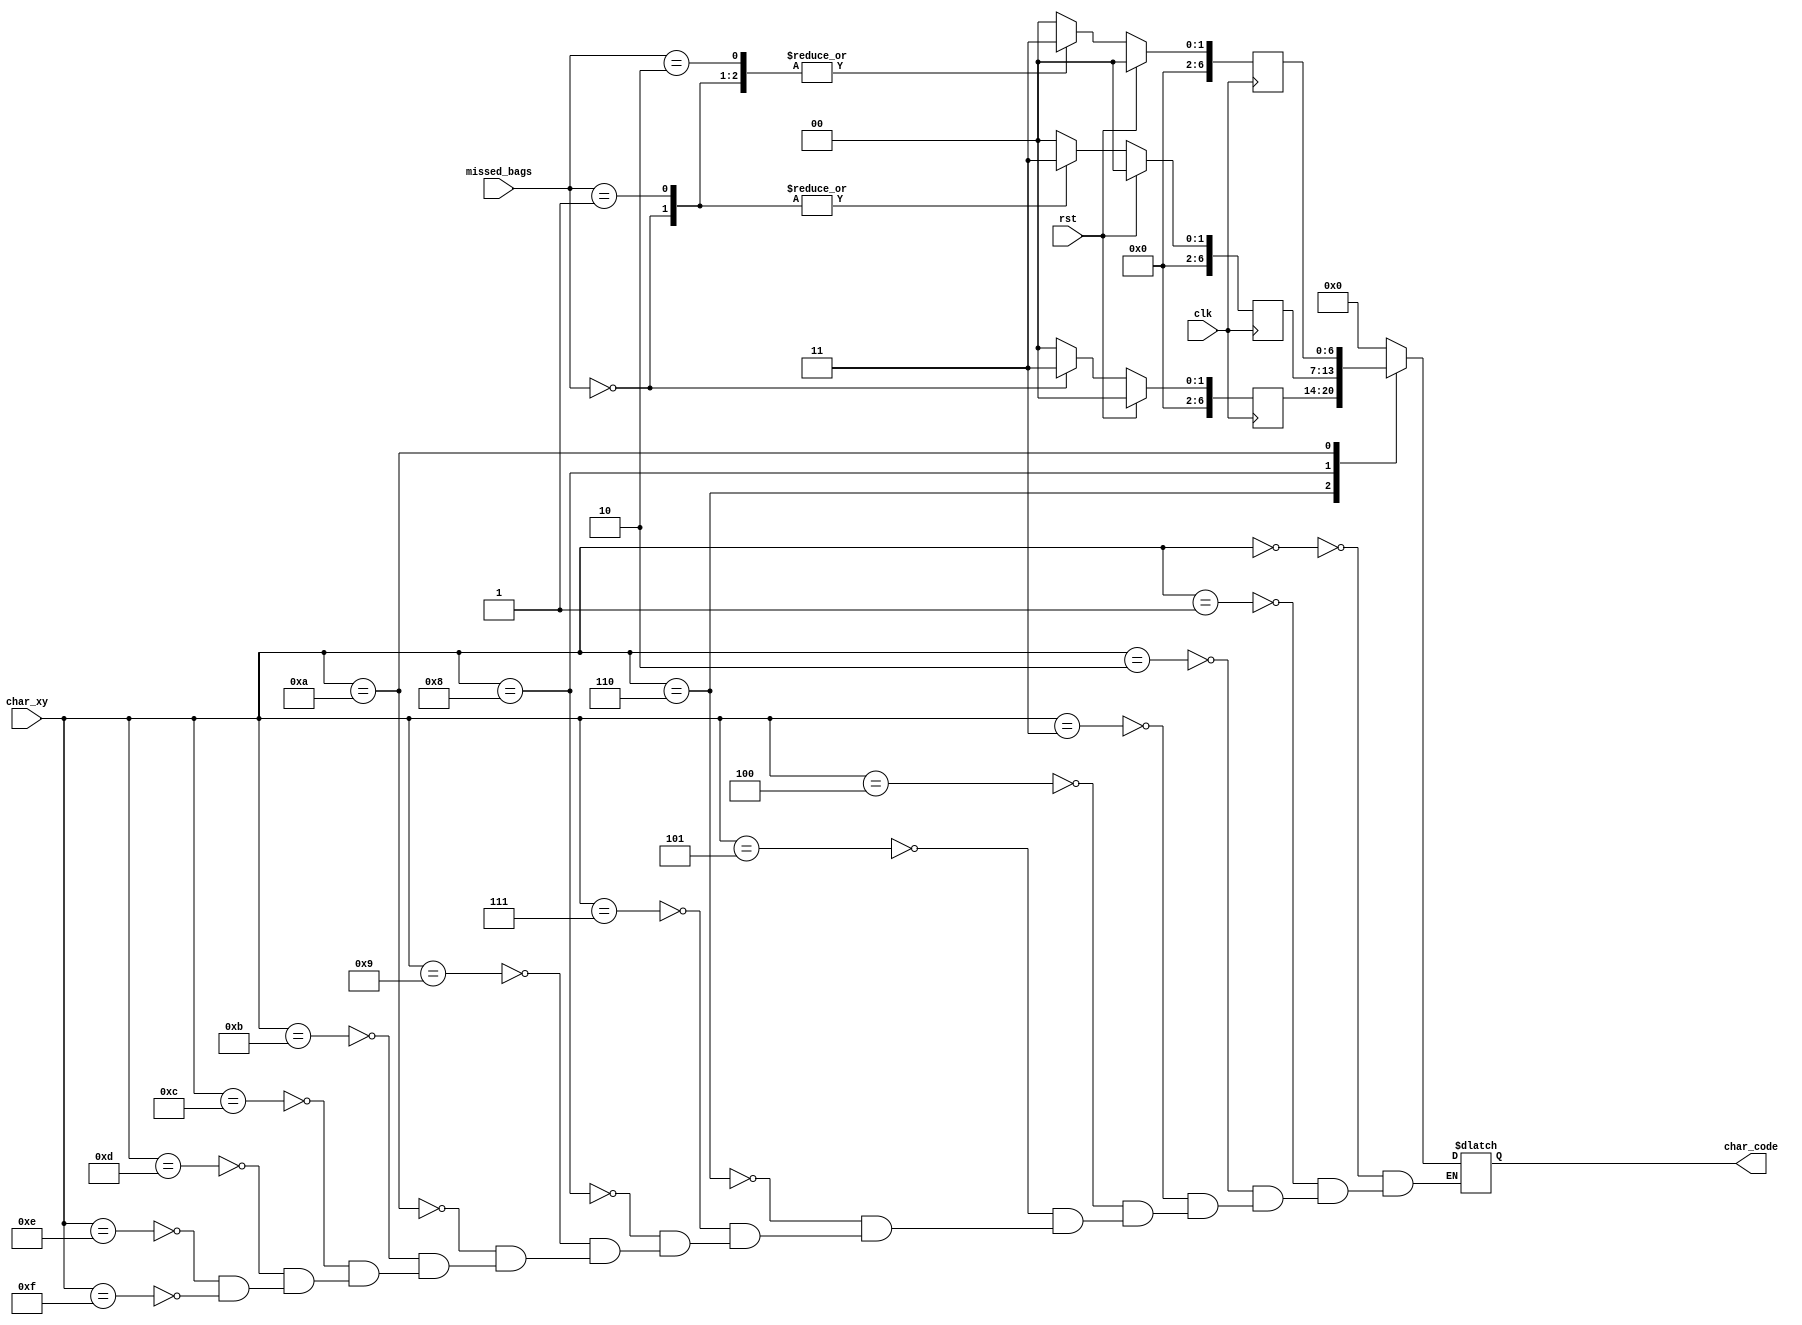
module char_life(
   input wire clk,
   input wire rst,
   input wire [7:0] char_xy,
   input wire [7:0] missed_bags,
   
   output reg [6:0] char_code
   );
       

   reg [7:0] first, second, third, first_nxt, second_nxt, third_nxt;
   
        
   always @(posedge clk) begin
        if(rst) begin
            first   <= 0;
            second  <= 0;
            third   <= 0;
        end
        else begin
            first <= first_nxt;
            second <= second_nxt;
            third <= third_nxt;
        end
   end
   
   
   always @* begin
       first_nxt = 'h03;
       second_nxt = 'h03;
       third_nxt = 'h03;
       case (missed_bags)
            0: begin
                   first_nxt = 'h03;
                   second_nxt = 'h03;
                   third_nxt = 'h03;
               end     
            1: begin
                    first_nxt = 'h00;
                    second_nxt = 'h03;
                    third_nxt = 'h03;
               end
            2: begin
                    first_nxt = 'h00;
                    second_nxt = 'h00; 
                    third_nxt = 'h03;  
               end
            default: begin
                    first_nxt = 'h00;
                    second_nxt = 'h00;      
                    third_nxt = 'h00;
               end
        endcase
   end

           
    reg [7:0] code_data;
               always @*   begin
                   char_code = code_data[6:0];
               end
               
               always @*   begin
                       case (char_xy)
                           //line 0               //      hex
                           8'h00: code_data = 8'h00;   
                           8'h01: code_data = 8'h00;   
                           8'h02: code_data = 8'h00;   
                           8'h03: code_data = 8'h00;   
                           8'h04: code_data = 8'h00;   
                           8'h05: code_data = 8'h00;   
                           8'h06: code_data = first;    
                           8'h07: code_data = 8'h00;   
                           8'h08: code_data = second;   
                           8'h09: code_data = 8'h00;      
                           8'h0a: code_data = third;   
                           8'h0b: code_data = 8'h00;   
                           8'h0c: code_data = 8'h00;   
                           8'h0d: code_data = 8'h00;   
                           8'h0e: code_data = 8'h00;   
                           8'h0f: code_data = 8'h00;   
                           
             
                        
                       endcase
               end            

endmodule